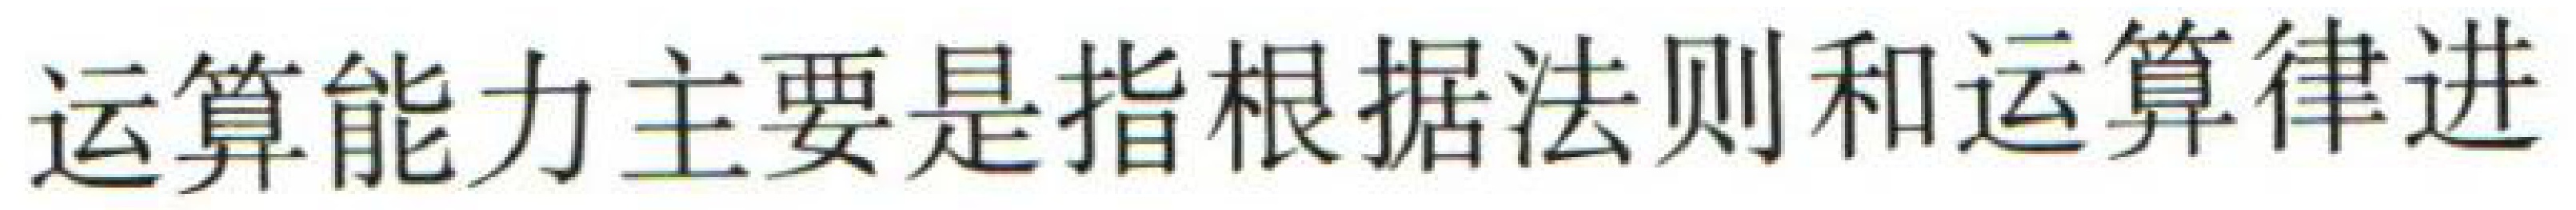
运算能力主要是指根据法则和运算律进